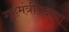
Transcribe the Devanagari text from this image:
गृहमंत्रीपदाचा